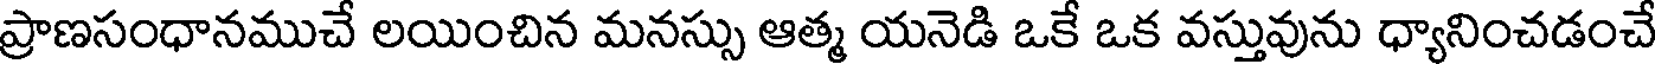
ప్రాణసంధానముచే లయించిన మనస్సు ఆత్మ యనెడి ఒకే ఒక వస్తువును ధ్యానించడంచే